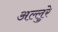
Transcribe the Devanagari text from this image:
अल्लुरे